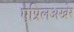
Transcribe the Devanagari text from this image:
एप्रिलअखेर